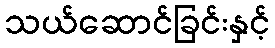
သယ်ဆောင်ခြင်းနှင့်